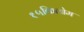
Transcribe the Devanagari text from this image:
१५किलोम